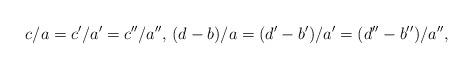
LaTeX: \begin{align*} c/a = c'/a' = c''/a'',\, (d-b)/a = (d'-b')/a' = (d''-b'')/a'',\end{align*}